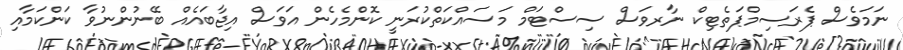
ނަމަވެސް ޕެރަސިމްޕަތެޓިކް ނާރވަސް ސިސްޓަމް މަސައްކަތްކުރަނީ ކޮންމެހެން އަަވަސް އިޖާބައެއް ބޭނުންނުވާ ކަންކަމާއި